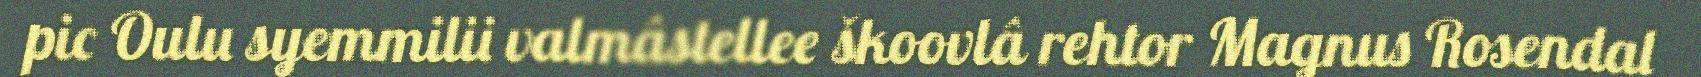
pic Oulu syemmilii valmâstellee škoovlâ rehtor Magnus Rosendal